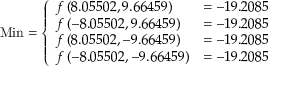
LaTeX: { \mathrm { M i n } } = { \left\{ \begin{array} { l l } { f \left( 8 . 0 5 5 0 2 , 9 . 6 6 4 5 9 \right) } & { = - 1 9 . 2 0 8 5 } \\ { f \left( - 8 . 0 5 5 0 2 , 9 . 6 6 4 5 9 \right) } & { = - 1 9 . 2 0 8 5 } \\ { f \left( 8 . 0 5 5 0 2 , - 9 . 6 6 4 5 9 \right) } & { = - 1 9 . 2 0 8 5 } \\ { f \left( - 8 . 0 5 5 0 2 , - 9 . 6 6 4 5 9 \right) } & { = - 1 9 . 2 0 8 5 } \end{array} \right. }